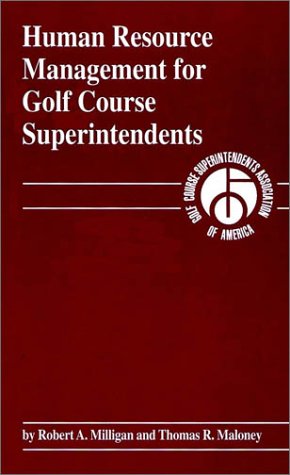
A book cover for Human Resource Management for Golf Course Superintendents; Robert A. Milligan; Business & Money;